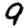
Digit: 9